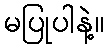
မပြုပါနဲ့။